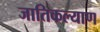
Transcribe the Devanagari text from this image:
जातिकल्याण